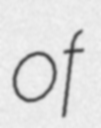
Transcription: of